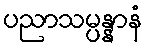
ပညာသမ္ပန္နာနံ